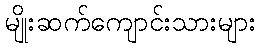
မျိုးဆက်ကျောင်းသားများ